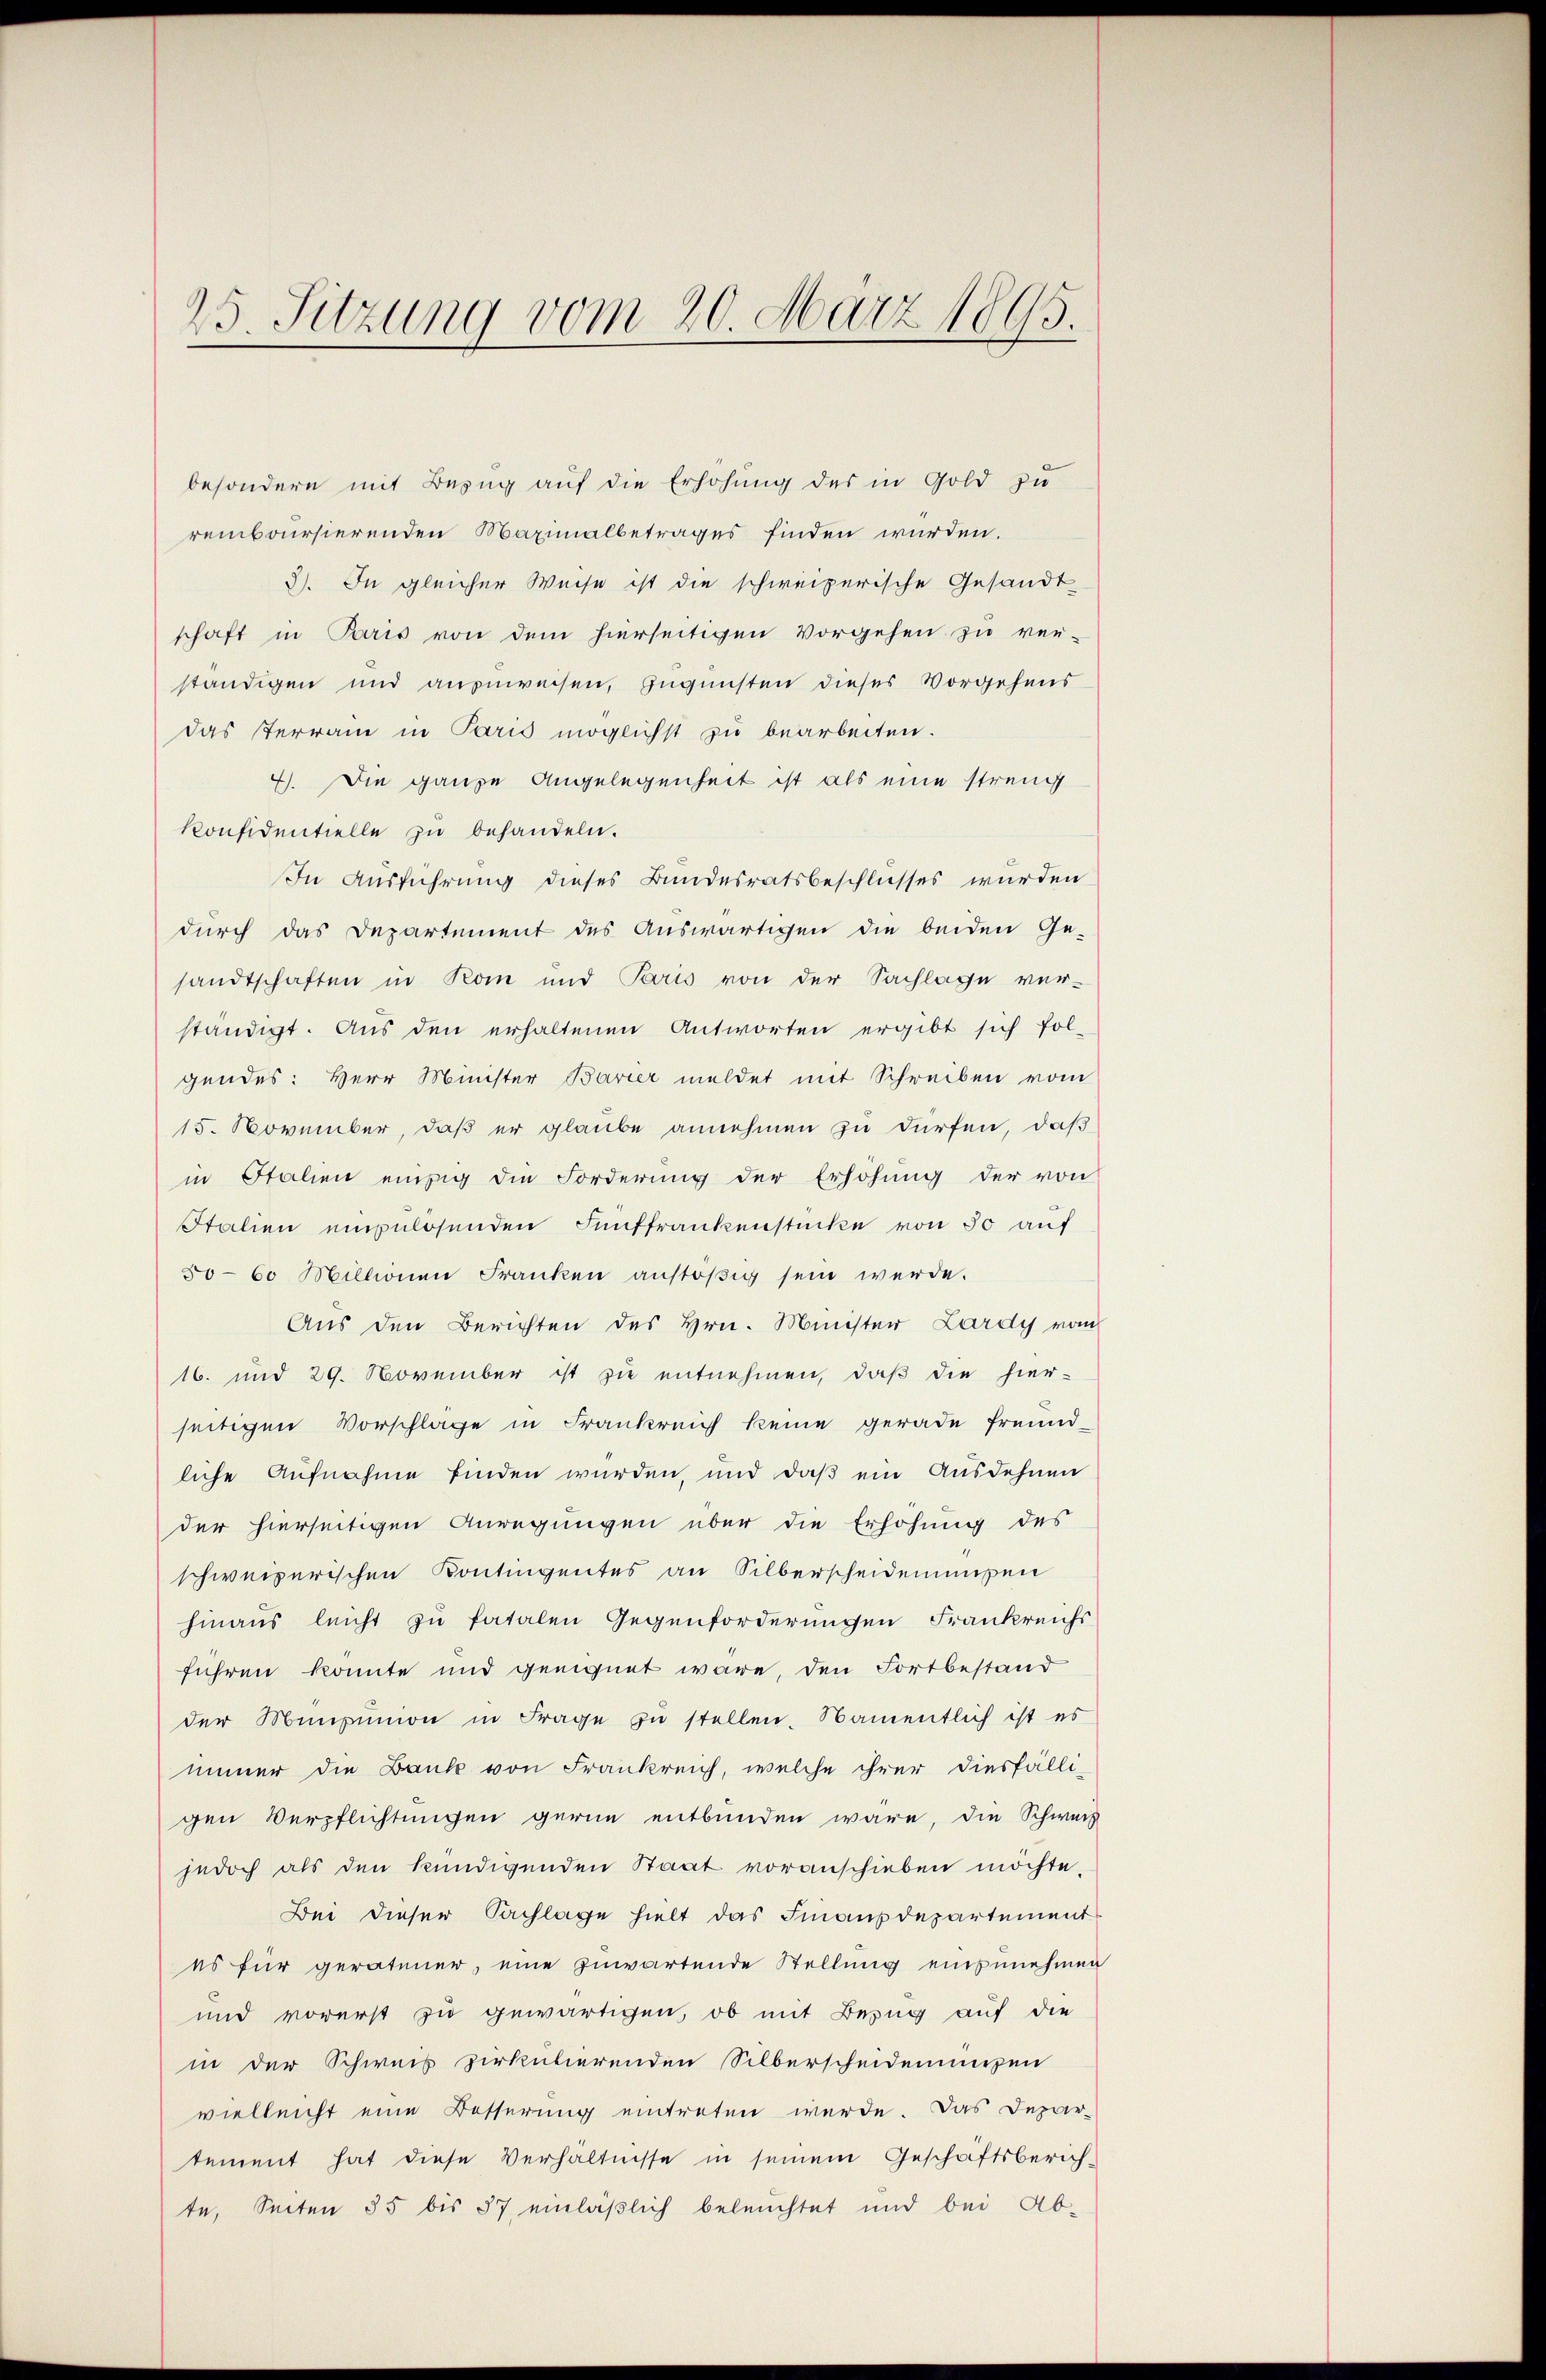
25. Sitzung vom 20. März 1895.

besondern mit Bezug auf die Erhöhung des in Gold zu
remboursierenden Maximalbetrages finden würden.
3). In gleicher Weise ist die schweizerische Gesandt
schaft in Paris von dem hierseitigen Vorgehen zu ver-
ständigen und anzuweisen, zugunsten dieses Vorgehens
das Terrain in Paris möglichst zu bearbeiten.
7). Die ganze Angelegenheit ist als eine streng
Konfidentielle zu behandeln.
In Ausführung dieses Bundesratsbeschlusses wurden
durch das Departement des Auswärtigen die beiden Ge-
sandtschaften in Rom und Paris von der Sachlage ver-
ständigt. Aus den erhaltenen Antworten ergibt sich fol-
gendes: Herr Minister Bavier meldet mit Schreiben vom
15. November, daß er glaube annehmen zu dürfen, daß
in Italien einzig die Forderung der Erhöhung der von
Italien einzulösenden Fünffrankenstücke von 50 auf
50-60 Millionen Franken anstoβig sein werde.
Aus den Berichten des Hrn. Minister Lardy vom
16. und 29. November ist zu entnehmen, daß die hier-
seitigen Vorschlage in Frankreich keine gerade freund-
liche Aufnahme finden wurden, und daß ein Ausdehnen
der hierseitigen Anregungen über die Erhöhung des
schweizerischen Kontingentes an Silberscheidenmsen
hinaus leicht zu fatalen Gegenforderungen Frankreichs
führen konnte und geeignet wäre, den Fortbestand
der Minpinion in Frage zŭ stellen. Namentlich ist es
immer die Banke von Frankreich, welche ihrer diesfälli-
gen Verpflichtungen gerne entbunden wäre, die Schweiz
jedoch als den kündigenden Staat voranschieben möchte.
Bei dieser Sachlage hielt das Finanzdepartement
es für geratener, eine zuwartende Stellung einzunehmen
und vorerst zu gewärtigen, ob mit Bezug auf die
in der Schweis zirkutierenden Silberscheideniren
vielleicht eine Besserung eintreten werde. Das Depar-
tement hat diese Verhältnisse in seinem Geschäftsberich-
te, Seiten 55 bis 37 einläßlich beleuchtet und bei Ab-